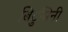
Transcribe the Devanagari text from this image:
बिटुमिनी